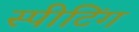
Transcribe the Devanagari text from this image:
स्पीटिंग